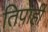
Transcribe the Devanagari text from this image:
तिपाही